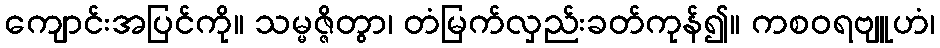
ကျောင်းအပြင်ကို။ သမ္မဇ္ဇိတွာ၊ တံမြက်လှည်းခတ်ကုန်၍။ ကစဝရဗျူဟံ၊